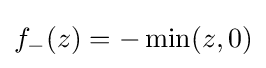
f_{-}(z)=-\min(z,0)